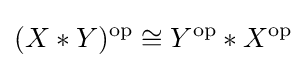
(X*Y)^{\mathrm {op} }\cong Y^{\mathrm {op} }*X^{\mathrm {op} }